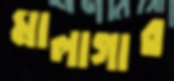
মালাগার